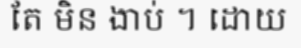
តែ មិន ងាប់ ។ ដោយ